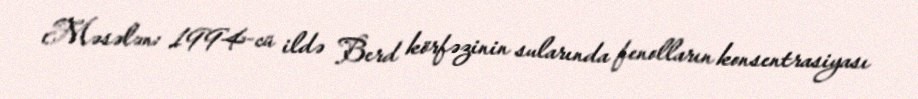
Məsələn: 1994-cü ildə Berd körfəzinin sularında fenolların konsentrasiyası